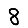
Digit: 8